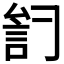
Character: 𲁦